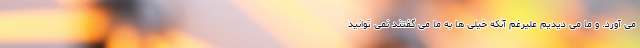
می آورد. و ما می دیدیم علیرغم آنکه خیلی ها به ما می گفتند نمی توانید